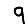
Digit: 9